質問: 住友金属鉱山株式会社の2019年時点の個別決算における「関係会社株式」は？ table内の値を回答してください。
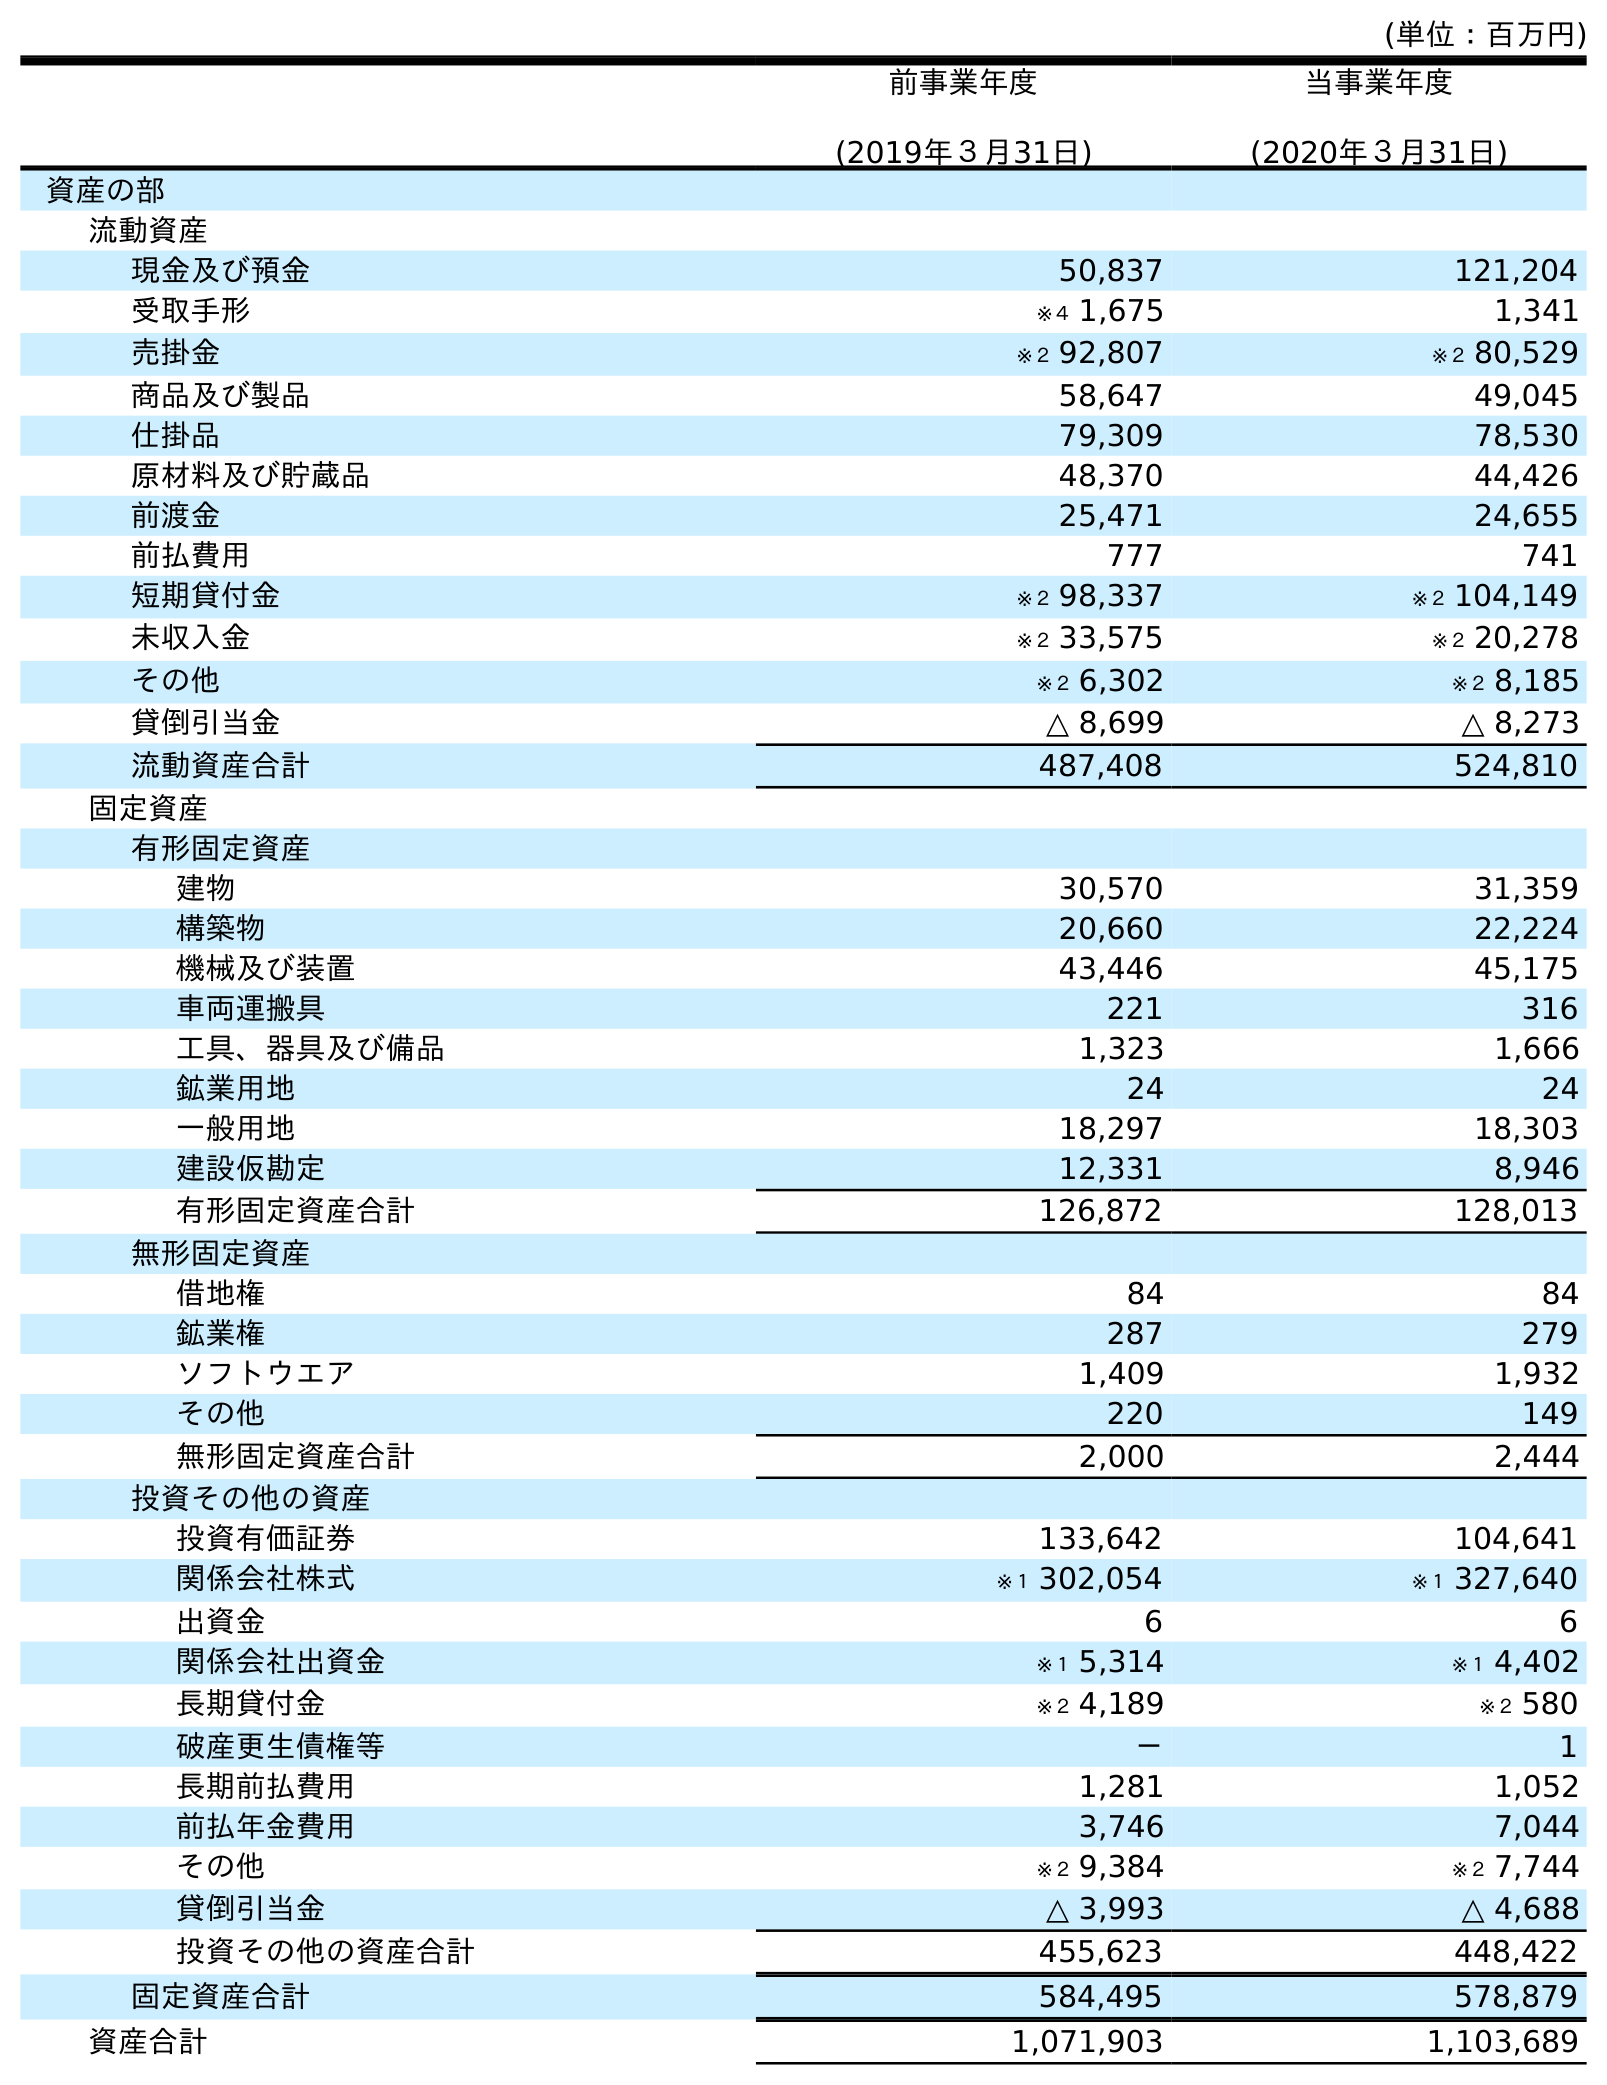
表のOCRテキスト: (単位：百万円) 前事業年度 (2019年３月31日) 当事業年度 (2020年３月31日) 資産の部 流動資産 現金及び預金 50,837 121,204 受取手形 ※４ 1,675 1,341 売掛金 ※２ 92,807 ※２ 80,529 商品及び製品 58,647 49,045 仕掛品 79,309 78,530 原材料及び貯蔵品 48,370 44,426 前渡金 25,471 24,655 前払費用 777 741 短期貸付金 ※２ 98,337 ※２ 104,149 未収入金 ※２ 33,575 ※２ 20,278 その他 ※２ 6,302 ※２ 8,185 貸倒引当金 △ 8,699 △ 8,273 流動資産合計 487,408 524,810 固定資産 有形固定資産 建物 30,570 31,359 構築物 20,660 22,224 機械及び装置 43,446 45,175 車両運搬具 221 316 工具、器具及び備品 1,323 1,666 鉱業用地 24 24 一般用地 18,297 18,303 建設仮勘定 12,331 8,946 有形固定資産合計 126,872 128,013 無形固定資産 借地権 84 84 鉱業権 287 279 ソフトウエア 1,409 1,932 その他 220 149 無形固定資産合計 2,000 2,444 投資その他の資産 投資有価証券 133,642 104,641 関係会社株式 ※１ 302,054 ※１ 327,640 出資金 6 6 関係会社出資金 ※１ 5,314 ※１ 4,402 長期貸付金 ※２ 4,189 ※２ 580 破産更生債権等 － 1 長期前払費用 1,281 1,052 前払年金費用 3,746 7,044 その他 ※２ 9,384 ※２ 7,744 貸倒引当金 △ 3,993 △ 4,688 投資その他の資産合計 455,623 448,422 固定資産合計 584,495 578,879 資産合計 1,071,903 1,103,689
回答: ※１302,054